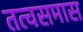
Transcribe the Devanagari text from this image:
तत्वसमास